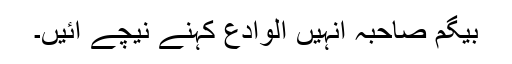
بیگم صاحبہ انہیں الوادع کہنے نیچے آئیں۔